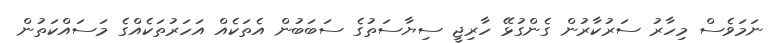
ނަމަވެސް މިހާރު ސަރުކާރުން ގެންގުޅޭ ހާރިޖީ ސިޔާސަތުގެ ސަބަބުން އެތަކެއް އަހަރުތަކެއްގެ މަސައްކަތުން